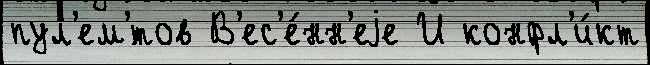
пул'ем'́тов В'ес'е́нн'еjе И конфл'и́кт